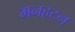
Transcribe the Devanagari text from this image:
मनहटन